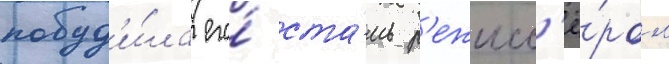
побуд'и́ла его́ ста́ть р'ежисс'ё́ром